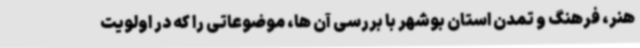
هنر، فرهنگ و تمدن استان بوشهر با بررسی آن ها، موضوعاتی را که در اولویت